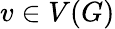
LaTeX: v\in V(G)